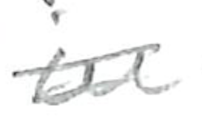
Text: in
Cross-out: mix
Writing tool: pencil